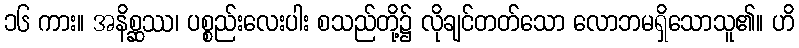
၁၆ ကား။ အနိစ္ဆဿ၊ ပစ္စည်းလေးပါး စသည်တို့၌ လိုချင်တတ်သော လောဘမရှိသောသူ၏။ ဟိ